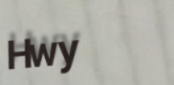
Hwy